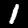
Digit: 1